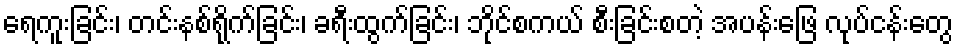
ရေကူးခြင်း၊ တင်းနစ်ရိုက်ခြင်း၊ ခရီးထွက်ခြင်း၊ ဘိုင်စကယ် စီးခြင်းစတဲ့ အပန်းဖြေ လုပ်ငန်းတွေ